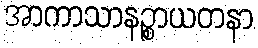
အာကာသာနဉ္စာယတနာ